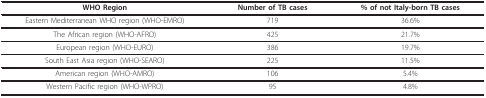
| WHO Region | Number of TB cases | % of not Italy-born TB cases |
 | --- | --- | --- |
 | Eastern Mediterranean WHO region (WHO-EMRO) | 719 | 36.6% |
 | The African region (WHO-AFRO) | 425 | 21.7% |
 | European region (WHO-EURO) | 386 | 19.7% |
 | South East Asia region (WHO-SEARO) | 225 | 11.5% |
 | American region (WHO-AMRO) | 106 | 5.4% |
 | Western Pacific region (WHO-WPRO) | 95 | 4.8% |